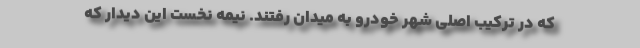
که در ترکیب اصلی شهر خودرو به میدان رفتند. نیمه نخست این دیدار که